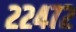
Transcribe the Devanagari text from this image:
२२४७२